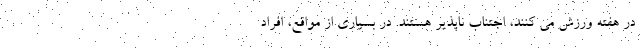
در هفته ورزش می کنند، اجتناب ناپذیر هستند. در بسیاری از مواقع، افراد